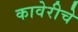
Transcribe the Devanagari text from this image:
कावेरीचे